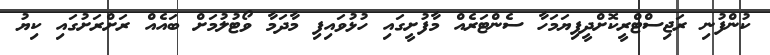
ކުންފުނި ރަޖިސްޓްރީކޮށްދީފިޔަމަހާ ސެންޓަރެއް މާފުށީގައި ހުޅުވައިފި މާދަމާ ވޯޓުލުމަށް ބައެއް ރަށްރަށުގައި ކިޔު